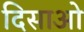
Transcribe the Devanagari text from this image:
दिसाओ